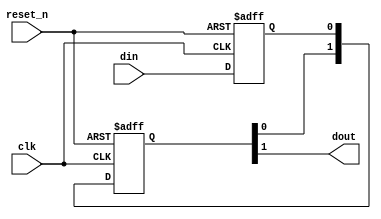
// (C) 1992-2018 Intel Corporation.                            
// Intel, the Intel logo, Intel, MegaCore, NIOS II, Quartus and TalkBack words    
// and logos are trademarks of Intel Corporation or its subsidiaries in the U.S.  
// and/or other countries. Other marks and brands may be claimed as the property  
// of others. See Trademarks on intel.com for full list of Intel trademarks or    
// the Trademarks & Brands Names Database (if Intel) or See www.Intel.com/legal (if Altera) 
// Your use of Intel Corporation's design tools, logic functions and other        
// software and tools, and its AMPP partner logic functions, and any output       
// files any of the foregoing (including device programming or simulation         
// files), and any associated documentation or information are expressly subject  
// to the terms and conditions of the Altera Program License Subscription         
// Agreement, Intel MegaCore Function License Agreement, or other applicable      
// license agreement, including, without limitation, that your use is for the     
// sole purpose of programming logic devices manufactured by Intel and sold by    
// Intel or its authorized distributors.  Please refer to the applicable          
// agreement for further details.                                                 


// This file was copied from altera_std_synchronizer_nocut.v, found in
// ($QUARTUS_ROOTDIR)/ip/altera/primitives/altera_std_synchronizer.  This
// copy was made and added to the HLD IP library since altera_std_synchronizer_nocut
// is intended for internal use only, and thus is not easily found by Quartus.
// The only change has been to change the comments, and update the name of 
// the module (to acl_std_synchronizer_nocut from altera_std_synchronizer_nocut).

//-----------------------------------------------------------------------------
//
//
// Abstract: Single bit clock domain crossing synchronizer. Exactly the same
//           as altera_std_synchronizer.v, except that the embedded false
//           path constraint is removed in this module. If you use this
//           module, you will have to apply the appropriate timing
//           constraints.
//
//           We expect to make this a standard Quartus atom eventually.
//
//           Composed of two or more flip flops connected in series.
//           Random metastable condition is simulated when the 
//           __ALTERA_STD__METASTABLE_SIM macro is defined.
//           Use +define+__ALTERA_STD__METASTABLE_SIM argument 
//           on the Verilog simulator compiler command line to 
//           enable this mode. In addition, define the macro
//           __ALTERA_STD__METASTABLE_SIM_VERBOSE to get console output 
//           with every metastable event generated in the synchronizer.
//
// Copyright (C) Altera Corporation 2009, All Rights Reserved
//-----------------------------------------------------------------------------

`timescale 1ns / 1ns

module acl_std_synchronizer_nocut (
                                clk, 
                                reset_n, 
                                din, 
                                dout
                                );

   parameter depth = 3; // This value must be >= 2 !
   parameter rst_value = 0;     
     
   input   clk;
   input   reset_n;    
   input   din;
   output  dout;
   
   // QuartusII synthesis directives:
   //     1. Preserve all registers ie. do not touch them.
   //     2. Do not merge other flip-flops with synchronizer flip-flops.
   // QuartusII TimeQuest directives:
   //     1. Identify all flip-flops in this module as members of the synchronizer 
   //        to enable automatic metastability MTBF analysis.

   (* altera_attribute = {"-name ADV_NETLIST_OPT_ALLOWED NEVER_ALLOW; -name SYNCHRONIZER_IDENTIFICATION FORCED; -name DONT_MERGE_REGISTER ON; -name PRESERVE_REGISTER ON  "} *) reg din_s1;

   (* altera_attribute = {"-name ADV_NETLIST_OPT_ALLOWED NEVER_ALLOW; -name DONT_MERGE_REGISTER ON; -name PRESERVE_REGISTER ON"} *) reg [depth-2:0] dreg;    
   
   //synthesis translate_off
   initial begin
      if (depth <2) begin
         $display("%m: Error: synchronizer length: %0d less than 2.", depth);
      end
   end

   // the first synchronizer register is either a simple D flop for synthesis
   // and non-metastable simulation or a D flop with a method to inject random
   // metastable events resulting in random delay of [0,1] cycles
   
`ifdef __ALTERA_STD__METASTABLE_SIM

   reg[31:0]  RANDOM_SEED = 123456;      
   wire  next_din_s1;
   wire  dout;
   reg   din_last;
   reg          random;
   event metastable_event; // hook for debug monitoring

   initial begin
      $display("%m: Info: Metastable event injection simulation mode enabled");
   end
   
   always @(posedge clk) begin
      if (reset_n == 0)
        random <= $random(RANDOM_SEED);
      else
        random <= $random;
   end

   assign next_din_s1 = (din_last ^ din) ? random : din;   

   always @(posedge clk or negedge reset_n) begin
       if (reset_n == 0) 
         din_last <= (rst_value == 0)? 1'b0 : 1'b1;
       else
         din_last <= din;
   end

   always @(posedge clk or negedge reset_n) begin
       if (reset_n == 0) 
         din_s1 <= (rst_value == 0)? 1'b0 : 1'b1;
       else
         din_s1 <= next_din_s1;
   end
   
`else 

   //synthesis translate_on   
   generate if (rst_value == 0)
       always @(posedge clk or negedge reset_n) begin
           if (reset_n == 0) 
             din_s1 <= 1'b0;
           else
             din_s1 <= din;
       end
   endgenerate
   
   generate if (rst_value == 1)
       always @(posedge clk or negedge reset_n) begin
           if (reset_n == 0) 
             din_s1 <= 1'b1;
           else
             din_s1 <= din;
       end
   endgenerate
   //synthesis translate_off      

`endif

`ifdef __ALTERA_STD__METASTABLE_SIM_VERBOSE
   always @(*) begin
      if (reset_n && (din_last != din) && (random != din)) begin
         $display("%m: Verbose Info: metastable event @ time %t", $time);
         ->metastable_event;
      end
   end      
`endif

   //synthesis translate_on

   // the remaining synchronizer registers form a simple shift register
   // of length depth-1
   generate if (rst_value == 0)
      if (depth < 3) begin
         always @(posedge clk or negedge reset_n) begin
            if (reset_n == 0) 
              dreg <= {depth-1{1'b0}};            
            else
              dreg <= din_s1;
         end         
      end else begin
         always @(posedge clk or negedge reset_n) begin
            if (reset_n == 0) 
              dreg <= {depth-1{1'b0}};
            else
              dreg <= {dreg[depth-3:0], din_s1};
         end
      end
   endgenerate
   
   generate if (rst_value == 1)
      if (depth < 3) begin
         always @(posedge clk or negedge reset_n) begin
            if (reset_n == 0) 
              dreg <= {depth-1{1'b1}};            
            else
              dreg <= din_s1;
         end         
      end else begin
         always @(posedge clk or negedge reset_n) begin
            if (reset_n == 0) 
              dreg <= {depth-1{1'b1}};
            else
              dreg <= {dreg[depth-3:0], din_s1};
         end
      end
   endgenerate

   assign dout = dreg[depth-2];
   
endmodule